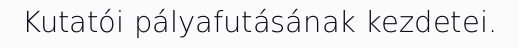
Kutatói pályafutásának kezdetei.